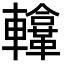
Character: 𨏚